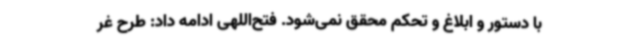
با دستور و ابلاغ و تحکم محقق نمی‌شود. فتح‌اللهی ادامه داد: طرح غر